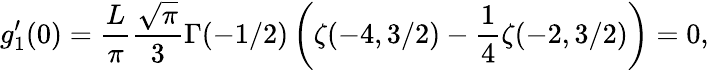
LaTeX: g_{1}^{\prime}(0)=\frac{L}{\pi}\frac{\sqrt{\pi}}{3}\Gamma(-1/2)\left(\zeta(-4,3/2)-\frac{1}{4}\zeta(-2,3/2)\right)=0,